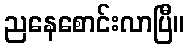
ညနေစောင်းလာပြီ။